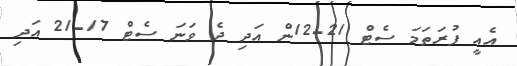
އެއީ ފުރަތަމަ ސެޓް 21-12ން އަދި ދެ ވަނަ ސެޓް 17-21 އަދި